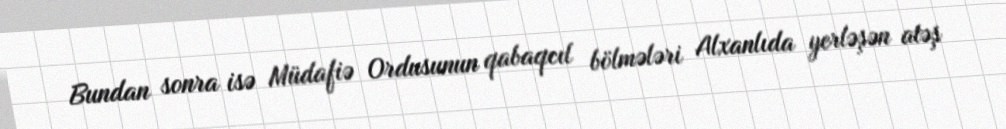
Bundan sonra isə Müdafiə Ordusunun qabaqcıl bölmələri Alxanlıda yerləşən atəş